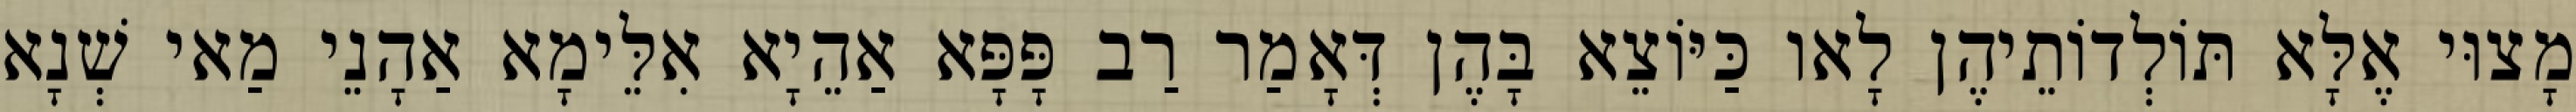
מָצוּי אֶלָּא תּוֹלְדוֹתֵיהֶן לָאו כַּיּוֹצֵא בָּהֶן דְּאָמַר רַב פָּפָּא אַהֵיָא אִלֵּימָא אַהָנֵי מַאי שְׁנָא